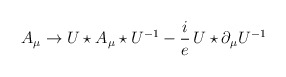
\begin{align*}A_{\mu} \rightarrow U\star A_{\mu}\star U^{-1} - \frac{i}{e}\,U\star\partial_{\mu}U^{-1}\end{align*}